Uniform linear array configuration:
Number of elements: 32
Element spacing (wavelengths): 0.25
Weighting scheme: kaiser
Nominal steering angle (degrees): -15
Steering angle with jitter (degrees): -14.018
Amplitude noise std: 0.05
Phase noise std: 0.05

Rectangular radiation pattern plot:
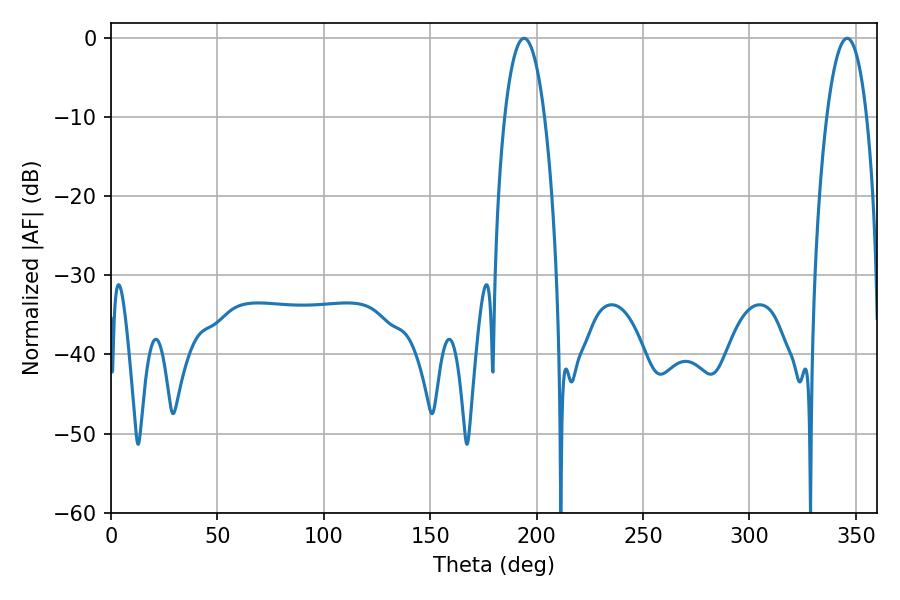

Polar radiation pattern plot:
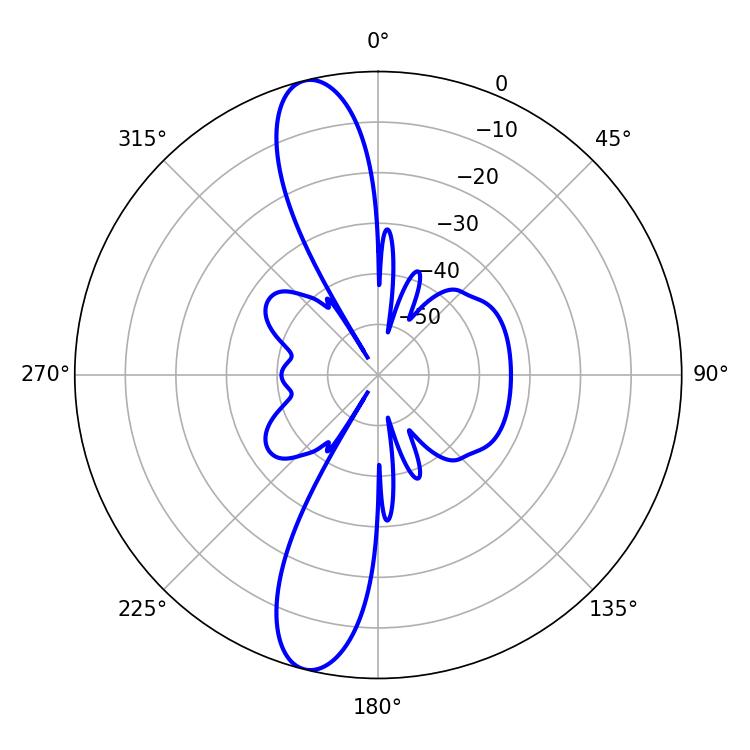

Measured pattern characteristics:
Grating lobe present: FALSE
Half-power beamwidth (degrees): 10.44
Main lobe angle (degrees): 194.04